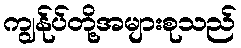
ကျွန်ုပ်တို့အများစုသည်